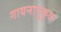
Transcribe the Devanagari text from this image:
गायनानुकूल